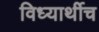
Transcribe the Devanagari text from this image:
विध्यार्थीच